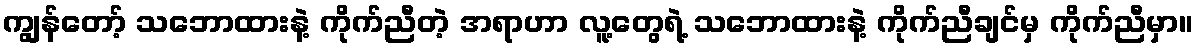
ကျွန်တော့် သဘောထားနဲ့ ကိုက်ညီတဲ့ အရာဟာ လူ့တွေရဲ့ သဘောထားနဲ့ ကိုက်ညီချင်မှ ကိုက်ညီမှာ။